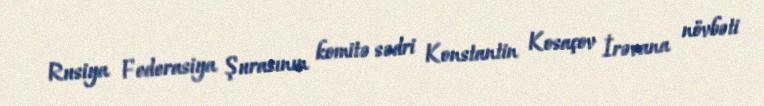
Rusiya Federasiya Şurasının komitə sədri Konstantin Kosaçov İrəvana növbəti